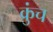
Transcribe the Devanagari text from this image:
क्रुंच